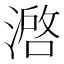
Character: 𰜶